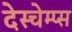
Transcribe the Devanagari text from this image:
देस्चेम्प्स